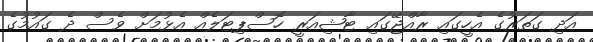
އަދި ގަތަރުގެ އެހީގައި ރާއްޖޭގައި ޓާޝިއަރީ ހޮސްޕިޓަލެއް އެޅުމަށް ވެސް ދެ ގައުމުގެ